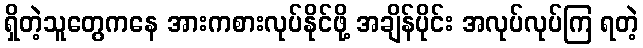
ရှိတဲ့သူတွေကနေ အားကစားလုပ်နိုင်ဖို့ အချိန်ပိုင်း အလုပ်လုပ်ကြ ရတဲ့